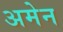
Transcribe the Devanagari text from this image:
अमेन